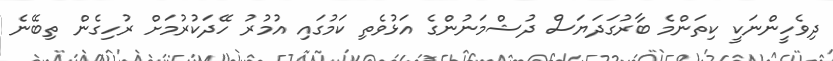
ދިވެހީންނަކީ ކިތަންމެ ބާރުގަދަޔަސް ދުޝްމަނުންގެ އަޅުވެތި ކަމުގައި އުމުރު ހޭދަކުރުމަށް ރުހިގެން ތިބޭނެ